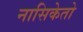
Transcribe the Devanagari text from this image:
नासिकेतो